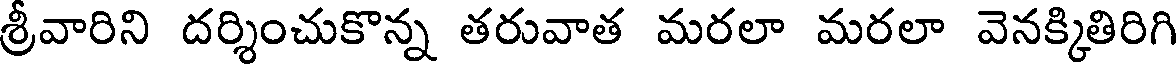
శ్రీవారిని దర్శించుకొన్న తరువాత మరలా మరలా వెనక్కితిరిగి